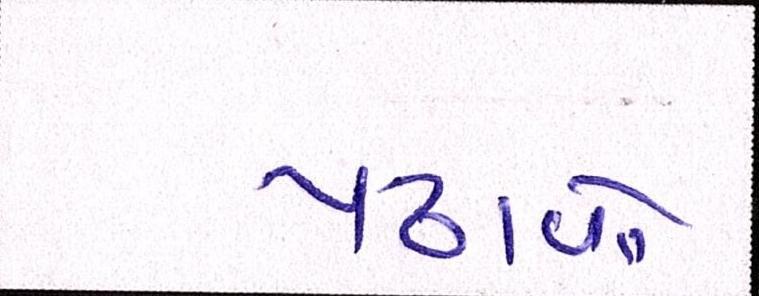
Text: પઢાવો